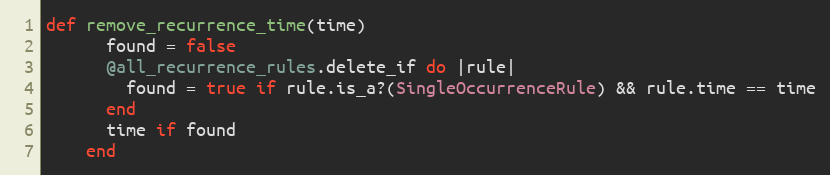
Language: Ruby
def remove_recurrence_time(time)
      found = false
      @all_recurrence_rules.delete_if do |rule|
        found = true if rule.is_a?(SingleOccurrenceRule) && rule.time == time
      end
      time if found
    end